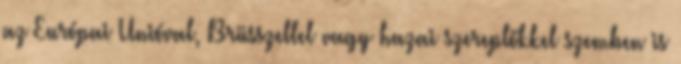
az Európai Unióval, Brüsszellel vagy hazai szereplőkkel szemben is